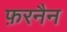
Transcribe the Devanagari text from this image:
फ़रनैन